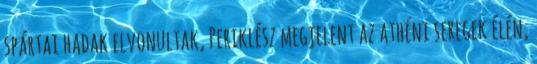
spártai hadak elvonultak, Periklész megjelent az athéni seregek élén,